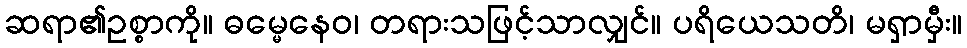
ဆရာ၏ဥစ္စာကို။ ဓမ္မေနေဝ၊ တရားသဖြင့်သာလျှင်။ ပရိယေသတိ၊ မရှာမှီး။